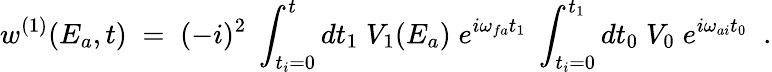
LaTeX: w^{(1)}(E_{a},t)\; =\; (-i)^{2}\; \int_{t_{i}=0}^{t}dt_{1}\; V_{1}(E_{a})\; e^{i\omega_{fa}t_{1}}\; \int_{t_{i}=0}^{t_{1}}dt_{0}\; V_{0}\; e^{i\omega_{ai}t_{0}}\; \; .